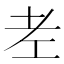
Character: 𦒳